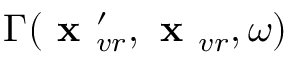
\Gamma ( \textbf { x } _ { v r } ^ { \prime } , \textbf { x } _ { v r } , \omega )